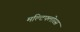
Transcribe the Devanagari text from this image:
मल्टिफ्लोरस